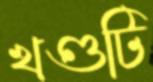
খণ্ডটি